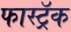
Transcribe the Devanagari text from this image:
फास्ट्रॅक